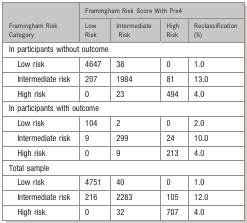
<table><thead><tr><td></td><td colspan="4"><b>Framingham Risk Score With Prx4</b></td></tr><tr><td><b>Framingham Risk Category</b></td><td><b>Low Risk</b></td><td><b>Intermediate Risk</b></td><td><b>High Risk</b></td><td><b>Reclassification (%)</b></td></tr></thead><tbody><tr><td colspan="5">In participants without outcome</td></tr><tr><td> Low risk</td><td>4647</td><td>38</td><td>0</td><td>1.0</td></tr><tr><td> Intermediate risk</td><td>207</td><td>1984</td><td>81</td><td>13.0</td></tr><tr><td> High risk</td><td>0</td><td>23</td><td>494</td><td>4.0</td></tr><tr><td colspan="5">In participants with outcome</td></tr><tr><td> Low risk</td><td>104</td><td>2</td><td>0</td><td>2.0</td></tr><tr><td> Intermediate risk</td><td>9</td><td>299</td><td>24</td><td>10.0</td></tr><tr><td> High risk</td><td>0</td><td>9</td><td>213</td><td>4.0</td></tr><tr><td colspan="5">Total sample</td></tr><tr><td> Low risk</td><td>4751</td><td>40</td><td>0</td><td>1.0</td></tr><tr><td> Intermediate risk</td><td>216</td><td>2283</td><td>105</td><td>12.0</td></tr><tr><td> High risk</td><td>0</td><td>32</td><td>707</td><td>4.0</td></tr></tbody></table>